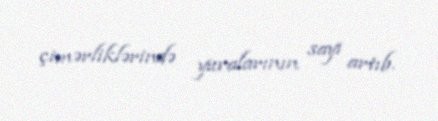
çimərliklərində yuvalarının sayı artıb.